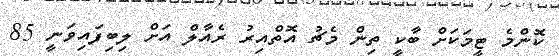
ކޮންމެ ޓީމަކަށް ބާކީ ތިން މެޗު އޮތްއިރު ރެއާލް އަށް ލިބިފައިވަނީ 85